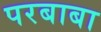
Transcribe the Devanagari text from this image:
परबाबा